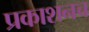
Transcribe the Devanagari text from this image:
प्रकाशनच